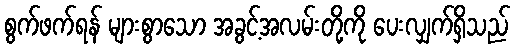
စွက်ဖက်ရန် များစွာသော အခွင့်အလမ်းတို့ကို ပေးလျှက်ရှိသည်